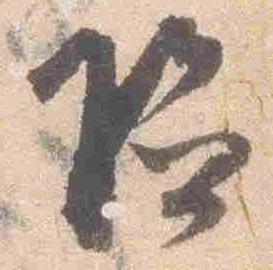
給